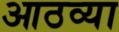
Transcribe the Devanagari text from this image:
आठव्‍या